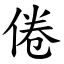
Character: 倦